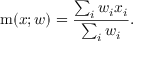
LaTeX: \operatorname { m } ( x ; w ) = { \frac { \sum _ { i } w _ { i } x _ { i } } { \sum _ { i } w _ { i } } } .